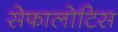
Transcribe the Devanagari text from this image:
सेफालोटिस